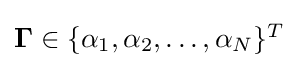
{\textstyle \mathbf {\Gamma } \in \{\alpha _{1},\alpha _{2},\dots ,\alpha _{N}\}^{T}}